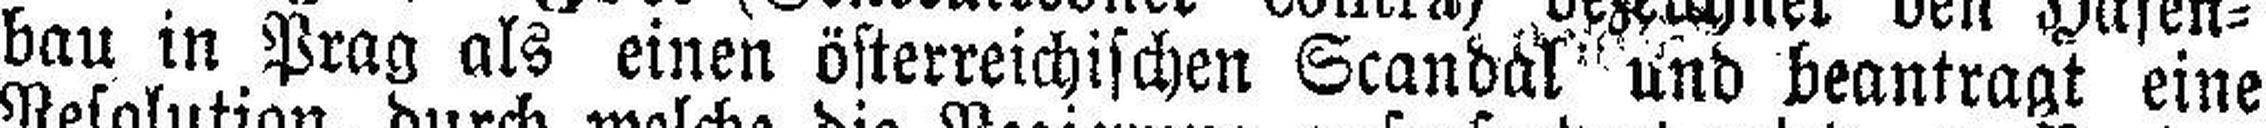
bau in Prag als einen österreichischen Scandal und beantragt eine